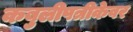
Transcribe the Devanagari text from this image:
कबुलीपत्रीकेवर